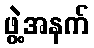
ဖွဲ့အနက်